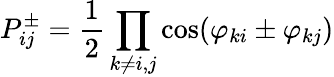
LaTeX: P_{ij}^{\pm}=\frac{1}{2}\prod_{k\neq i,j}\cos(\varphi_{ki}\pm\varphi_{kj})